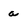
Character: a